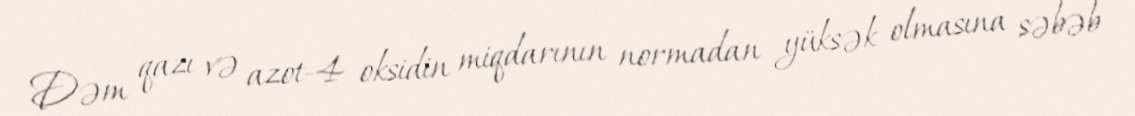
Dəm qazı və azot-4 oksidin miqdarının normadan yüksək olmasına səbəb